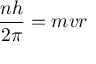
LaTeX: { \frac { n h } { 2 \pi } } = m v r